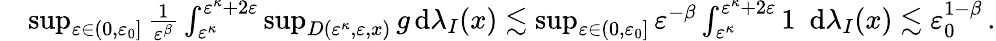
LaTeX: \begin{array}{rl}&{\operatorname*{sup}_{{\varepsilon}\in(0,{\varepsilon}_{0}]}\frac{1}{{\varepsilon}^{\beta}}\int_{{\varepsilon}^{\kappa}}^{{\varepsilon}^{\kappa}+2{\varepsilon}}\operatorname*{sup}_{D({\varepsilon}^{\kappa},{\varepsilon},x)}g\, \mathrm{d}\lambda_{I}(x)\lesssim\operatorname*{sup}_{{\varepsilon}\in(0,{\varepsilon}_{0}]}{\varepsilon}^{-\beta}\int_{{\varepsilon}^{\kappa}}^{{\varepsilon}^{\kappa}+2{\varepsilon}}1\, \, \, \mathrm{d}\lambda_{I}(x)\lesssim{\varepsilon}_{0}^{1-\beta}\, .}\end{array}